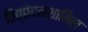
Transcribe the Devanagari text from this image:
विच्छेदनशामिल